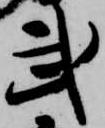
武